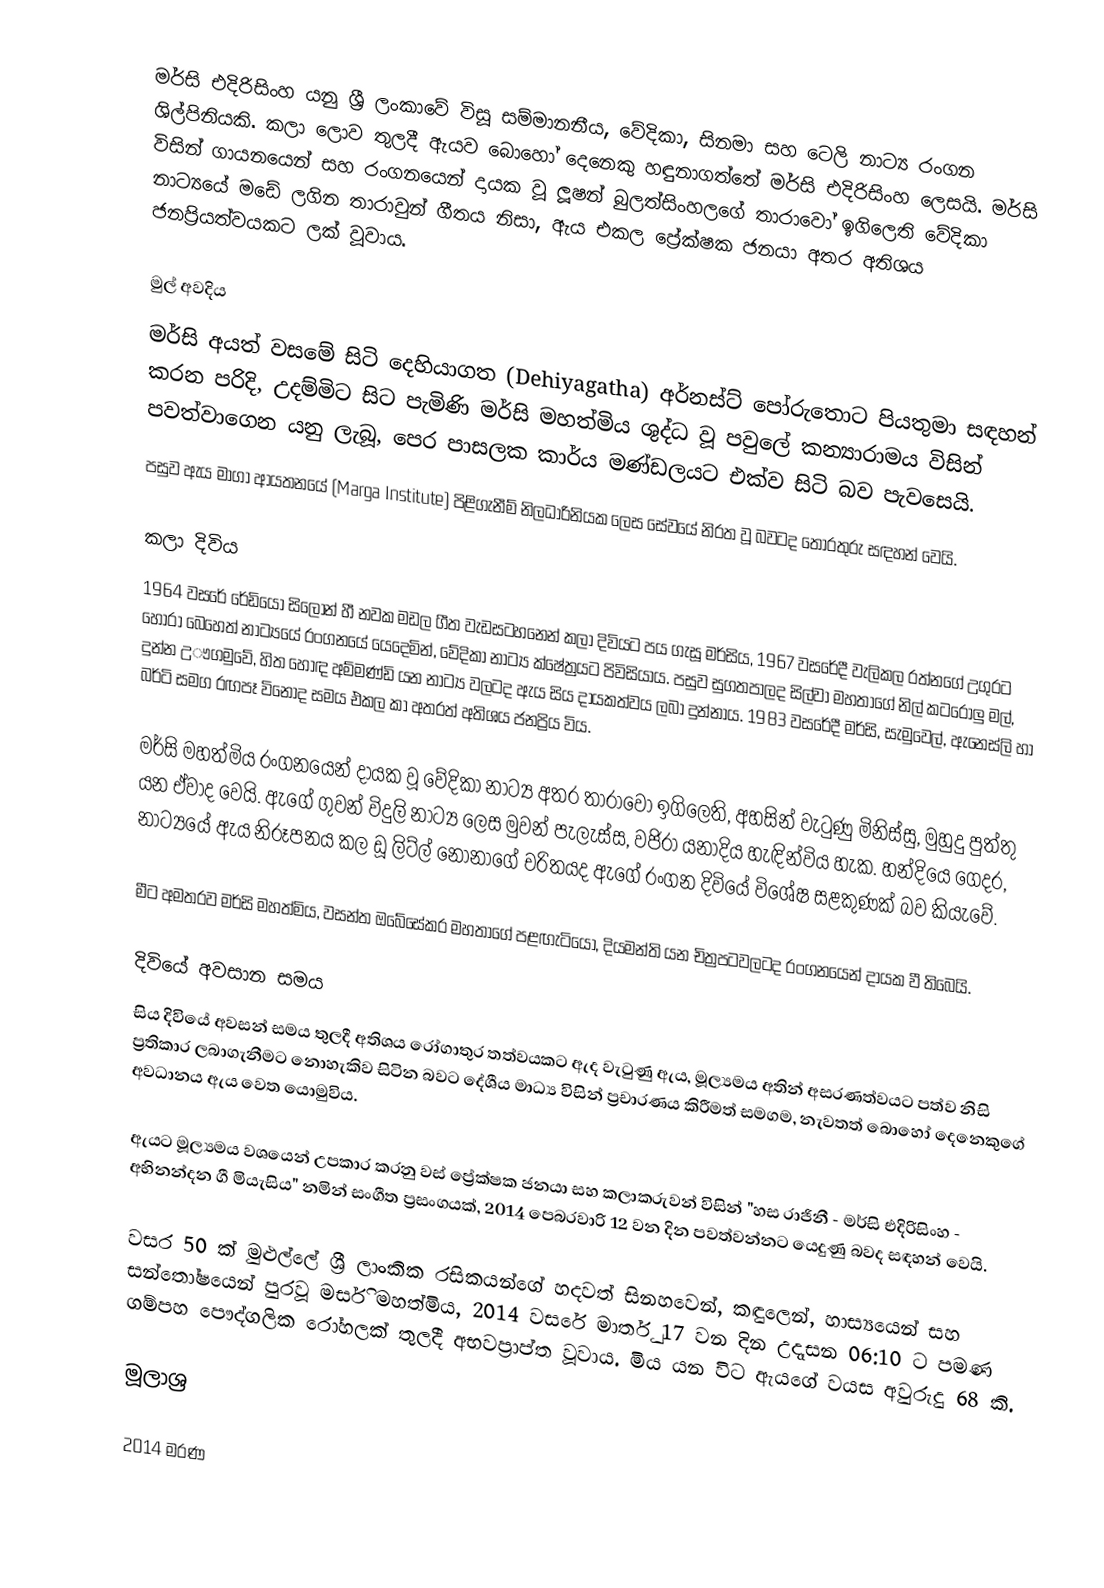
මර්සි එදිරිසිංහ යනු ශ්‍රී ලංකාවේ විසූ සම්මානනීය, වේදිකා, සිනමා සහ ටෙලි නාට්‍ය රංගන ශිල්පිනියකි. කලා ලොව තුලදී ඇයව බොහෝ දෙනෙකු හඳුනාගත්තේ මර්සි එදිරිසිංහ ලෙසයි. මර්සි විසින් ගායනයෙන් සහ රංගනයෙන් දායක වූ ලූෂන් බුලත්සිංහලගේ තාරාවෝ ඉගිලෙති වේදිකා නාට්‍යයේ මඩේ ලගින තාරාවුන් ගීතය නිසා, ඇය එකල ප්‍රේක්ෂක ජනයා අතර අතිශය ජනප්‍රියත්වයකට ලක් වූවාය.

මුල් අවදිය
මර්සි  අයත් වසමේ සිටි දෙහියාගත (Dehiyagatha) අර්නස්ට් පෝරුතොට පියතුමා සඳහන් කරන පරිදි, උදම්මිට සිට පැමිණි මර්සි මහත්මිය ශුද්ධ වූ පවුලේ කන්‍යාරාමය විසින් පවත්වාගෙන යනු ලැබූ, පෙර පාසලක කාර්ය මණ්ඩලයට එක්ව සිටි බව පැවසෙයි.
පසුව ඇය මාගා ආයතනයේ (Marga Institute) පිළිගැනීම් නිලධාරිනියක ලෙස සේවයේ නිරත වූ බවටද තොරතුරු සඳහන් වෙයි.

කලා දිවිය
1964 වසරේ රේඩියෝ සිලෝන් හී නවක මඩල ගීත වැඩසටහනෙන් කලා දිවියට පය ගැසූ මර්සිය, 1967 වසරේදී වැලිකල රත්නගේ උගුරට හොරා බෙහෙත් නාට්‍යයේ රංගනයේ යෙදෙමින්, වේදිකා නාට්‍ය ක්ෂේත්‍රයට පිවිසියාය. පසුව සුගතපාලද සිල්වා මහතාගේ නිල් කටරොලු මල්, දුන්න උෟගමුවේ, හිත හොඳ අම්මණ්ඩි යන නාට්‍ය වලටද ඇය සිය දායකත්වය ලබා දුන්නාය. 1983 වසරේදී මර්සි, සැමුවෙල්, ඇනෙස්ලි හා බර්ටි සමග රඟපෑ විනෝද සමය එකල කා අතරත් අතිශය ජනප්‍රිය විය.

මර්සි මහත්මිය රංගනයෙන් දායක වූ වේදිකා නාට්‍ය අතර තාරාවෝ ඉගිලෙති, අහසින් වැටුණු මිනිස්සු, මුහුදු පුත්තු යන ඒවාද වෙයි. ඇගේ ගුවන් විදුලි නාට්‍ය ලෙස මුවන් පැලැස්ස, වජිරා යනාදිය හැඳින්විය හැක. හන්දියෙ ගෙදර, නාට්‍යයේ ඇය නිරූපනය කල ඩූ ලිට්ල් නෝනාගේ චරිතයද ඇගේ රංගන දිවියේ විශේෂ සළකුණක් බව කියැවේ.

මීට අමතරව මර්සි මහත්මිය, වසන්ත ඔබේසේකර මහතාගේ පළඟැටියෝ, දියමන්ති යන චිත්‍රපටවලටද රංගනයෙන් දායක වී තිබෙයි.

දිවියේ අවසාන සමය
සිය දිවියේ අවසන් සමය තුලදී අතිශය රෝගාතුර තත්වයකට ඇද වැටුණු ඇය, මූල්‍යමය අතින් අසරණත්වයට පත්ව නිසි ප්‍රතිකාර ලබාගැනීමට නොහැකිව සිටින බවට දේශීය මාධ්‍ය විසින් ප්‍රචාරණය කිරීමත් සමගම, නැවතත් බොහෝ දෙනෙකුගේ අවධානය ඇය වෙත යොමුවිය.

ඇයට මූල්‍යමය වශයෙන් උපකාර කරනු වස් ප්‍රේක්ෂක ජනයා සහ කලාකරුවන් විසින් "හස රාජිනී - මර්සි එදිරිසිංහ - අභිනන්දන ගී මියැසිය" නමින් සංගීත ප්‍රසංගයක්, 2014 පෙබරවාරි 12 වන දින පවත්වන්නට යෙදුණු බවද සඳහන් වෙයි.

වසර 50 ක් මුළුල්ලේ ශ්‍රී ලාංකික රසිකයන්ගේ හදවත් සිනහවෙන්, කඳුලෙන්, හාස්‍යයෙන් සහ සන්තෝෂයෙන් පුරවූ මර්සි මහත්මිය, 2014 වසරේ මාර්තු 17 වන දින උදෑසන 06:10 ට පමණ ගම්පහ පෞද්ගලික රෝහලක් තුලදී අභවප්‍රාප්ත වූවාය. මිය යන විට ඇයගේ වයස අවුරුදු 68 කි.

මූලාශ්‍ර

2014 මරණ